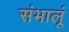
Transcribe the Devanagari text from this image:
संभालूं